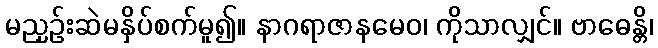
မညှဉ်းဆဲမနှိပ်စက်မူ၍။ နာဂရာဇာနမေဝ၊ ကိုသာလျှင်။ ဗာဓေန္တိ၊